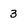
Character: 3